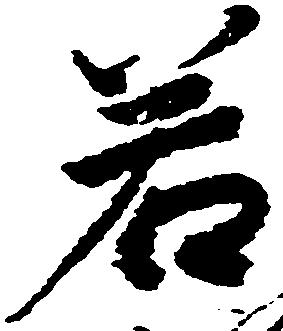
若